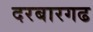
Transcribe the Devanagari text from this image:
दरबारगढ